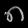
Digit: ၈